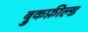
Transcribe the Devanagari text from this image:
ब्रुकफ़ील्ड